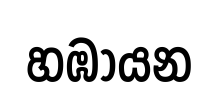
හඹායන